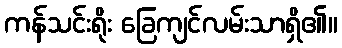
ကန်သင်းရိုး ခြေကျင်လမ်းသာရှိ၏။